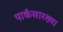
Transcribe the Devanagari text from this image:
पार्कसारख्या